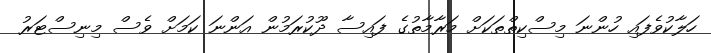
ހަލާކުވެފައި ހުންނަ މިސްކިތްތަކަށް މަރާމާތުގެ ފައިސާ ދޫކުރަމުން އަންނަ ކަމަށް ވެސް މިނިސްޓަރު